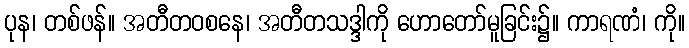
ပုန၊ တစ်ဖန်။ အတီတဝစနေ၊ အတီတသဒ္ဒါကို ဟောတော်မူခြင်း၌။ ကာရဏံ၊ ကို။